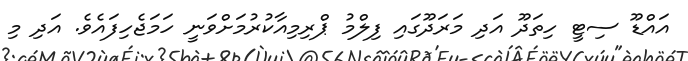
އައްޑޫ ސިޓީ ހިތަދޫ އަދި މަރަދޫގައި ފިލްމު ޕްރިމިއާކުރުމަށްވަނީ ހަމަޖެހިފައެވެ. އަދި މި